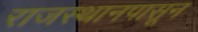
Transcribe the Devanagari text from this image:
राजस्थानपासून